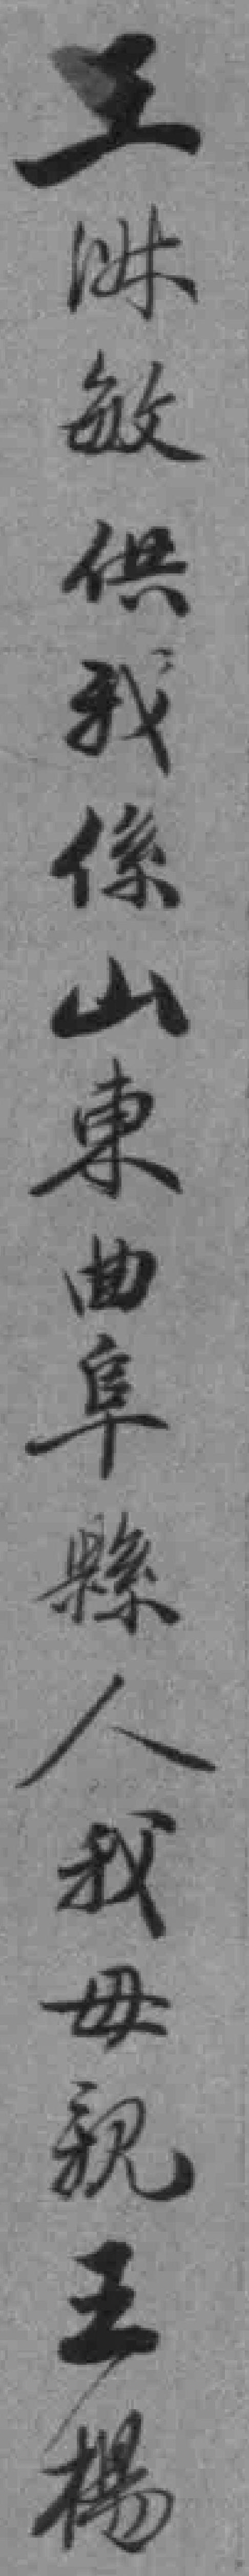
王㳤敏供我係山東曲阜縣人我母親王楊